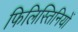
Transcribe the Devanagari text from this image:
फिलिस्तिनियों